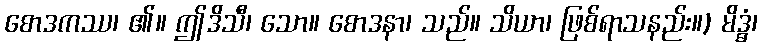
စောဒကဿ၊ ၏။ ဤဒိသီ၊ သော။ စောဒနာ၊ သည်။ သိယာ၊ ဖြစ်ရာသနည်း။) မိဒ္ဓံ၊